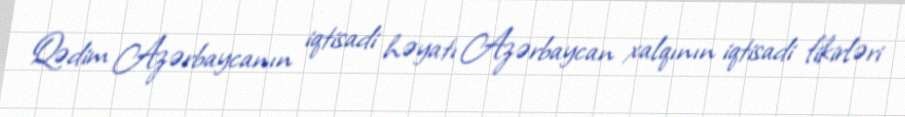
Qədim Azərbaycanın iqtisadi həyatı Azərbaycan xalqının iqtisadi fikirləri